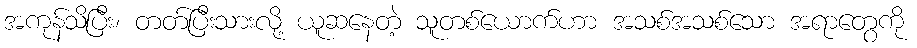
အကုန်သိပြီး၊ တတ်ပြီးသားလို့ ယူဆနေတဲ့ သူတစ်ယောက်ဟာ အသစ်အသစ်သော အရာတွေကို